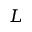
L